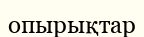
опырықтар